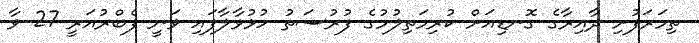
ތިމަރަފުށި ދާއިރާގެ ގޮނޑިއަށް ކުރިމަތިލުމުގެ ފުރުސަތު ހުޅުވާލާފައި ވަނީ ފެބްރުއަރީ 27 ވާ